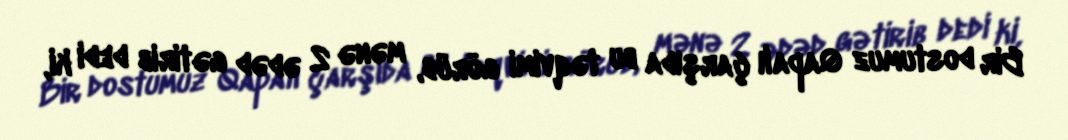
Bir dostumuz Qapalı çarşıda bu təqvimi görüb, mənə 2 ədəd gətirib dedi ki,